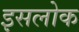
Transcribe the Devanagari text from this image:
इसलोक